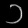
Digit: ၁